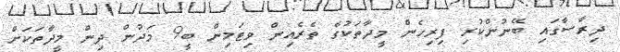
ދިރާސާގައި ބޭނުންކުރި ފިރިހެން މީދާތަކުގެ ތެރެއިން ވިޓަމިން ބީ9 މަދުން ދިން މީދާތަކަށް